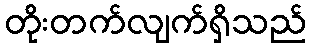
တိုးတက်လျက်ရှိသည်